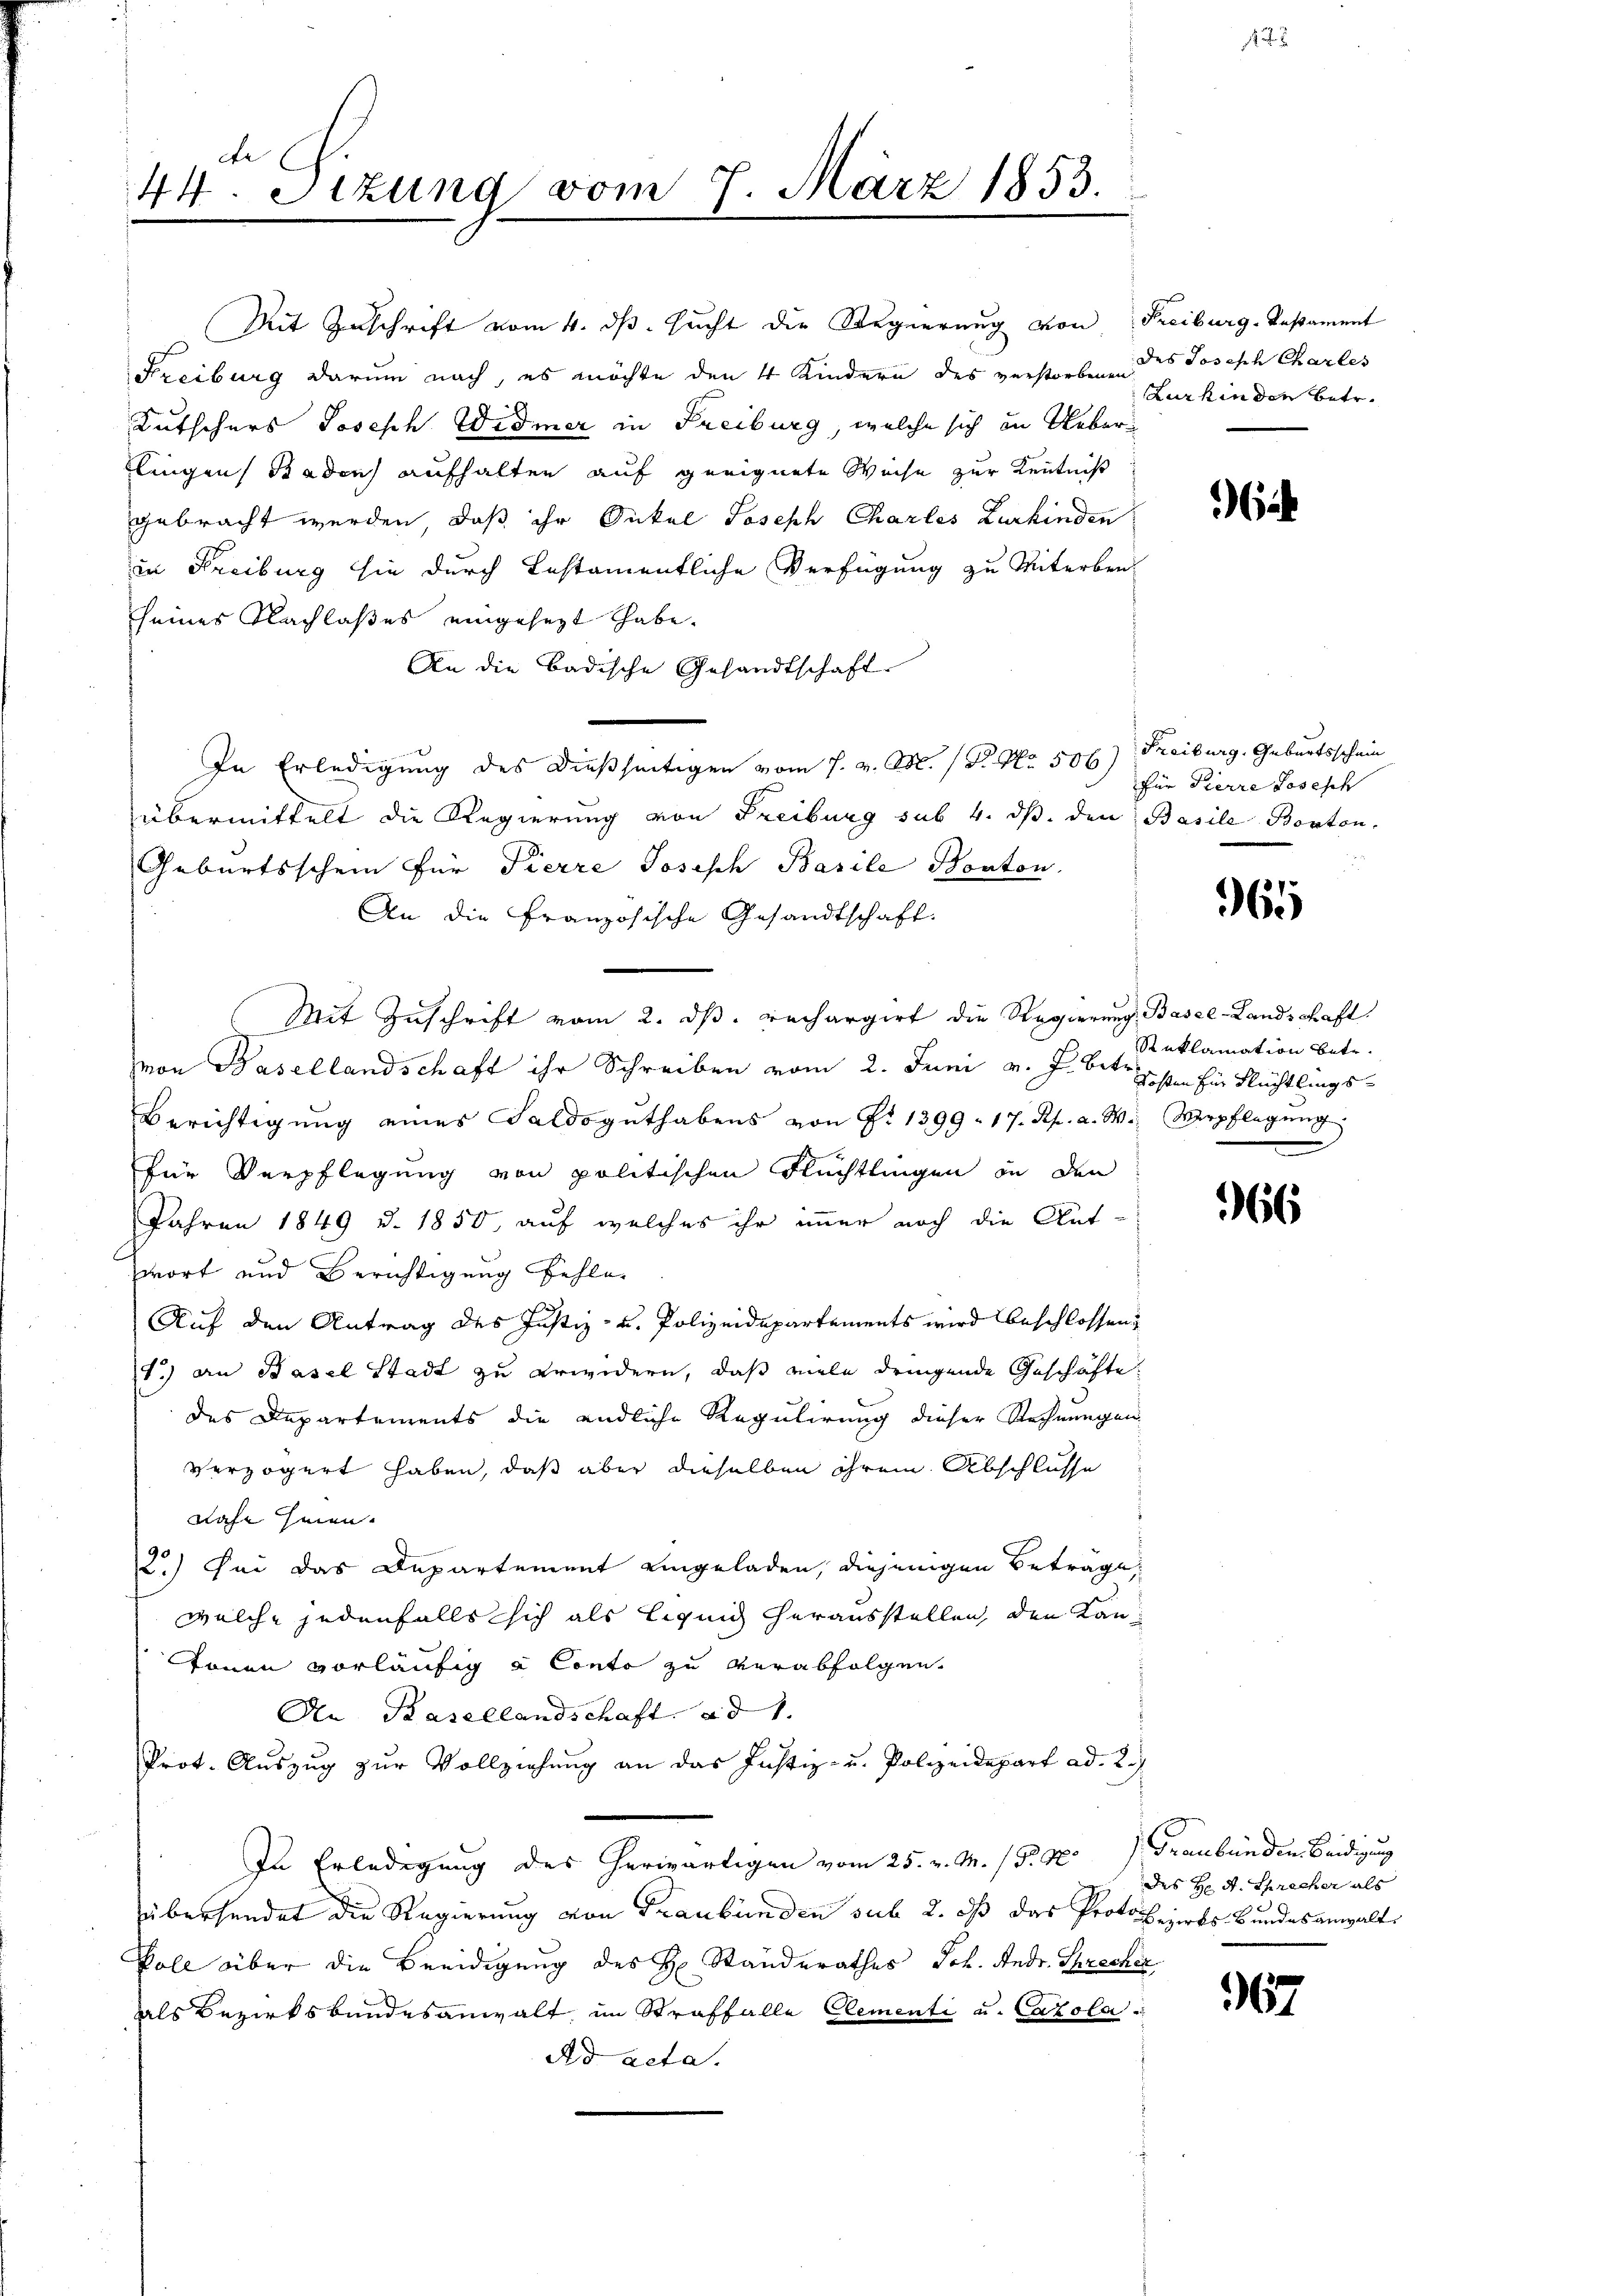
de
44. Sizung vom 7. März 1853.

Mit Zuschrift vom 4. ds. sucht die Regierung von Freiburg-Restament
Freiburg darum nach, es möchte den 4 Kindern des verstorbenen des Josisch Charles
Kutschers Joseph Widmer in Freiburg, welche sich in Ueberflingen Baden) aufhalten auf geeignete Weise zur Kenntniß
gebracht werden, daß ihr Onkel Joseph Chartes Zurkinden
in Freiburg sie durch Testamentliche Verfügung zu Miterbreseines Nachlaßes eingesezt habe.
An die Badische Gesandtschaft
In Erledigung des dießseitigen vom 7. v. M. P. Nr. 506) Freiburg, Geburtsschein
übermittelt die Regierung von Freiburg sub 4. ds. den Basile Berton.
Geburtsschein für Pierre Joseph Basile Konton,
An die Französische Gesandtschaft.
Mit Zuschrift vom 2. ds. rechargirt die Regierung Basel-Landschaft
mon Basellandschaft ihr Schreiben vom 2. Juni v. J. betr. Gesten hier Flüchtlings¬
Berichtigŭng eines Saldogŭthabens von P. 1399. 17. Rh. a. W. Verpflegŭng
für Verpflegung von politischen Füchtlingen in den
Jahren 1849 u. 1850, auf welches ihr immer noch die Antwort und Berichtigung fehle
Auf den Antrag des Justiz- u. Polizeidepartements wird beschlossen,
1.) an Basel Stadt zu erwidern, daß viele dringende Geschäfte
des Departements die endliche Regulirung dieser Rechnungen
verzögert haben, daß aber dieselben ihrem Abschlüsse
nahe hinen.
2.) Sei das Departement eingeladen, diejenigen Betrage
welche jedenfalls sich als liquid herausstellen, den Kan¬
Tönnen vorläufig à Conto zu verabfolgen.
An Basellandschaft ad 1.
Prot. Auszug zur Vollziehung an das Justiz- u. Polizeidepart ad. 2.
In Erledigung des herwärtigen vom 25. v. M. (S. 40 Graubünden Beidigung
übersendet die Regierung von Graubünden sub 2. daß das Protokezirks Bundesanwalt
Voll über die Beeidigung des H. Standerathes Joh. Andr. Sprecher
als Bezirksbundesanwalt, im Straffalle Elementi u. Carola
Ad acta.

Lurkin den Betr.

für Pierre Losesch

6

Reklamation betr.

966

des Hr. A. Spracher als

967